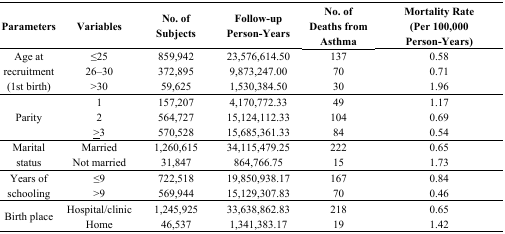
<table><thead><tr><td><b>Parameters</b></td><td><b>Variables</b></td><td><b>No. of Subjects</b></td><td><b>Follow-up Person-Years</b></td><td><b>No. of Deaths from Asthma</b></td><td><b>Mortality Rate (Per 100,000 Person-Years)</b></td></tr></thead><tbody><tr><td rowspan="3">Age at recruitment (1st birth)</td><td>≤25</td><td>859,942</td><td>23,576,614.50</td><td>137</td><td>0.58</td></tr><tr><td>26–30</td><td>372,895</td><td>9,873,247.00</td><td>70</td><td>0.71</td></tr><tr><td>&gt;30</td><td>59,625</td><td>1,530,384.50</td><td>30</td><td>1.96</td></tr><tr><td rowspan="3">Parity</td><td>1</td><td>157,207</td><td>4,170,772.33</td><td>49</td><td>1.17</td></tr><tr><td>2</td><td>564,727</td><td>15,124,112.33</td><td>104</td><td>0.69</td></tr><tr><td>≥3</td><td>570,528</td><td>15,685,361.33</td><td>84</td><td>0.54</td></tr><tr><td rowspan="2">Marital status</td><td>Married</td><td>1,260,615</td><td>34,115,479.25</td><td>222 </td><td>0.65</td></tr><tr><td>Not married</td><td>31,847</td><td>864,766.75</td><td>15 </td><td>1.73</td></tr><tr><td rowspan="2">Years of schooling</td><td>≤9 </td><td>722,518</td><td>19,850,938.17</td><td>167</td><td>0.84</td></tr><tr><td>&gt;9 </td><td>569,944</td><td>15,129,307.83</td><td>70</td><td>0.46</td></tr><tr><td rowspan="2">Birth place</td><td>Hospital/clinic</td><td>1,245,925</td><td>33,638,862.83</td><td>218</td><td>0.65</td></tr><tr><td>Home</td><td>46,537</td><td>1,341,383.17</td><td>19</td><td>1.42</td></tr></tbody></table>